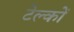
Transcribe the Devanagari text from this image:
टेल्कों